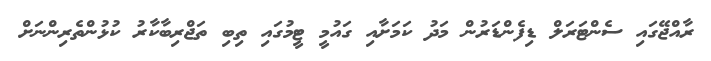
ރާއްޖޭގައި ސެންޓަރަލް ޑިފެންޑަރުން މަދު ކަމަށާއި ގައުމީ ޓީމުގައި ތިބި ތަޖްރިބާކާރު ކުޅުންތެރިންނަށް